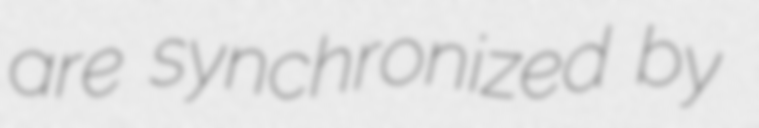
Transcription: are synchronized by